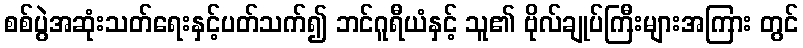
စစ်ပွဲအဆုံးသတ်ရေးနှင့်ပတ်သက်၍ ဘင်ဂူရီယံနှင့် သူ၏ ဗိုလ်ချုပ်ကြီးများအကြား တွင်